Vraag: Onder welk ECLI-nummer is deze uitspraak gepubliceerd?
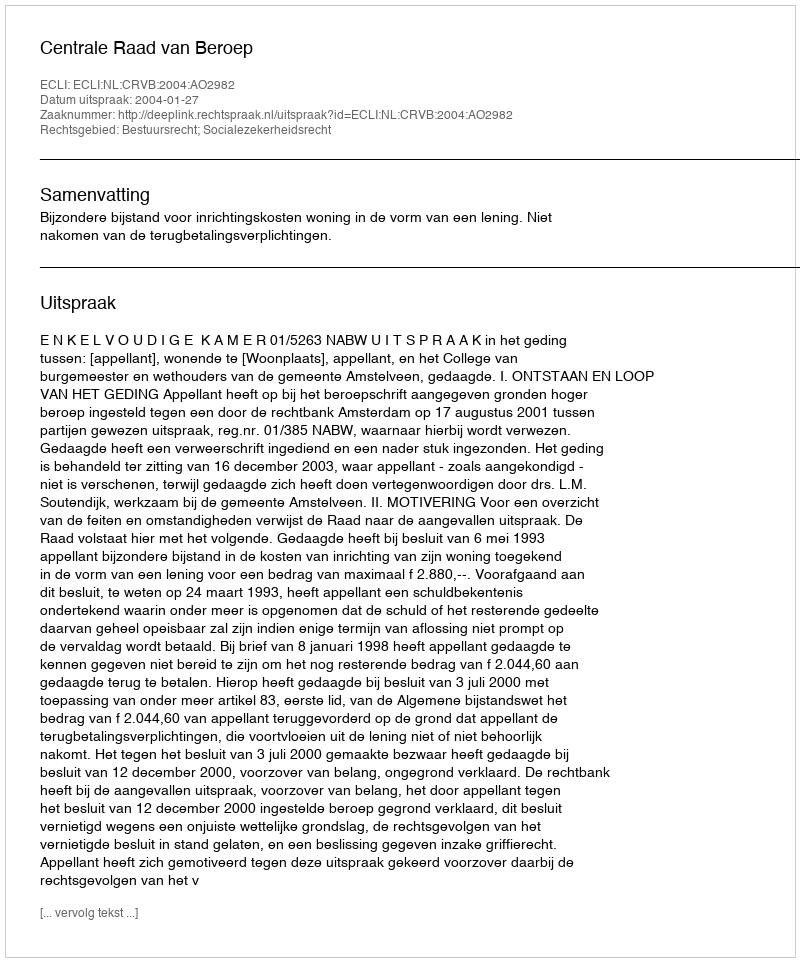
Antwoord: ECLI:NL:CRVB:2004:AO2982